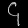
Digit: ၄